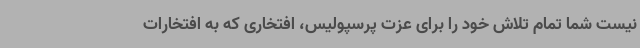
نیست شما تمام تلاش خود را برای عزت پرسپولیس، افتخاری که به افتخارات